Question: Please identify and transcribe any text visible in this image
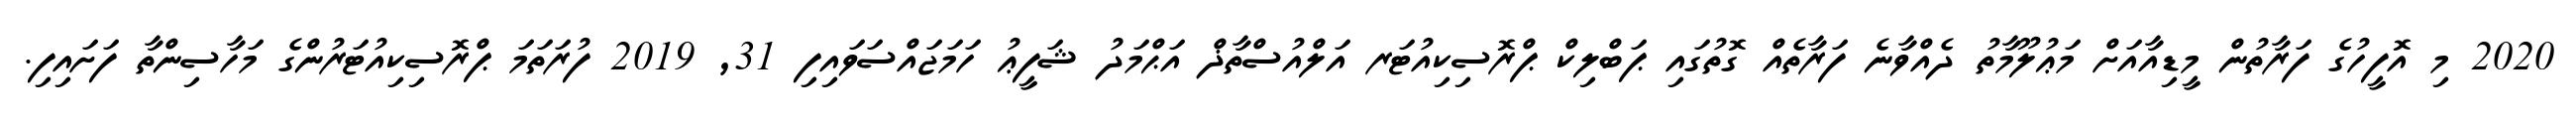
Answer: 2020 މި އޮފީހުގެ ފަރާތުން މީޑިއާއަށް މަޢުލޫމާތު ދެއްވާނެ ފަރާތެއް ގޮތުގައި ޕަބްލިކް ޕްރޮސިކިއުޓަރ އަލްއުސްތާޛް އަޙްމަދު ޝަފީޢު ހަމަޖައްސަވައިފި 31, 2019 ފުރަތަމަ ޕްރޮސިކިއުޓަރުންގެ މަހާސިންތާ ފަށައިފި.